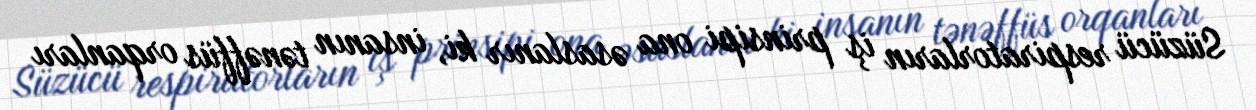
Süzücü respiratorların iş prinsipi ona əsaslanır ki, insanın tənəffüs orqanları